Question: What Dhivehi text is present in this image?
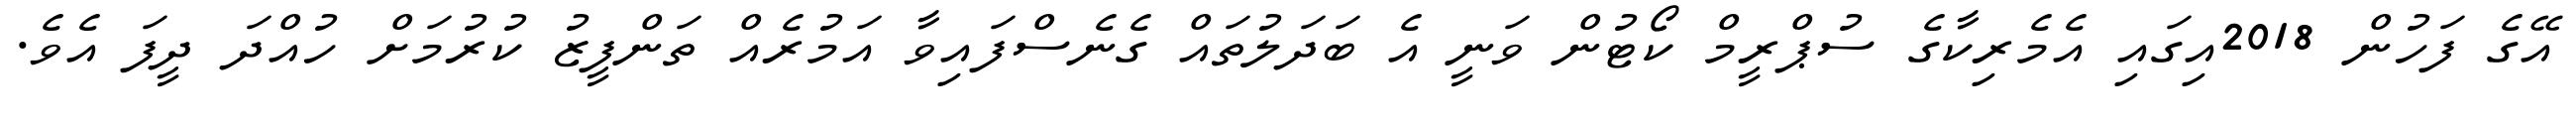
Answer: އޭގެ ފަހުން 2018އިގައި އެމެރިކާގެ ސުޕްރީމް ކޯޓުން ވަނީ އެ ބަދަލުތައް ގެނެސްފައިވާ އަމުރެއް ތަންފީޒު ކުރުމަށް ހުއްދަ ދީފަ އެވެ.